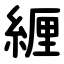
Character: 緾